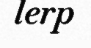
lerp